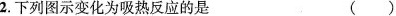
2.下列图示变化为吸热反应的是 ( )